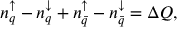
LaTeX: n _ { q } ^ { \uparrow } - n _ { q } ^ { \downarrow } + n _ { \bar { q } } ^ { \uparrow } - n _ { \bar { q } } ^ { \downarrow } = \Delta Q ,